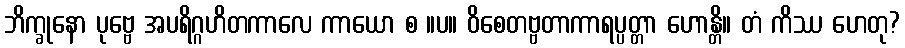
ဘိက္ခုနော ပုဗ္ဗေ အပရိဂ္ဂဟိတကာလေ ကာယော စ ။ပ။ ဝိစေတဗ္ဗတာကာရပ္ပတ္တာ ဟောန္တိ။ တံ ကိဿ ဟေတု?